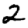
Digit: 2